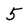
Character: 5